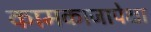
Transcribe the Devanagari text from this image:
कामकाजापेक्षा